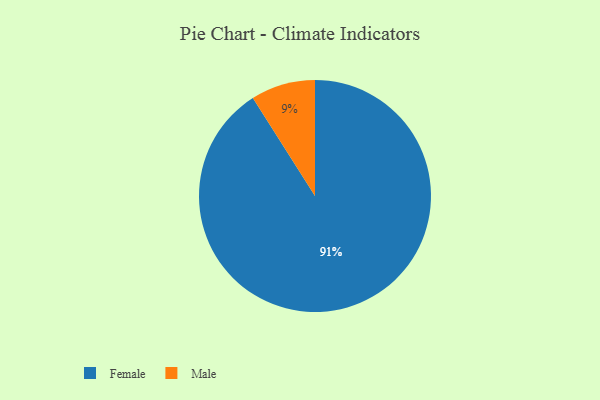
{"axis": {"x": "Category", "y": "Percentage"}, "legend": ["Female", "Male"], "data": [{"x": "Male", "y": 9, "type": "Male"}, {"x": "Female", "y": 91, "type": "Female"}]}